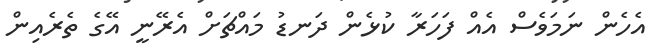
އެހެން ނަމަވެސް އެއް ފަހަރާ ކުޅެން ދަނޑު މައްޗަށް އެރޭނީ އޭގެ ތެރެއިން